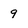
Character: 9